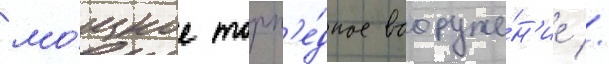
мо́щное торп'е́дное вооруже́н'ие //